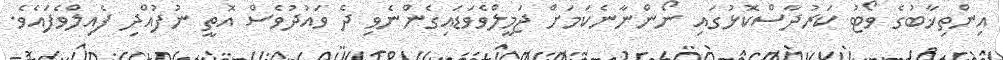
އިންތިޚާބުގެ ވޯޓު ކަރުދާސްކޮޅުގައި ނޯންނާނެކަމަށް ޖަމީލްވެވަޑައިގެންނެވި ދެ ވައުދުވެސް އޮތީ ނުފުއްދި ފެއިލްވެފައެވެ.